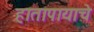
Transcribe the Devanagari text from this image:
हातापायाचे